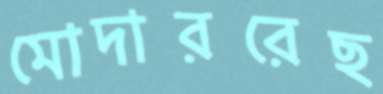
মোদাররেছ